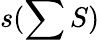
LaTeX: s(\sum S)